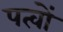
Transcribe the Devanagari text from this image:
पत्वों